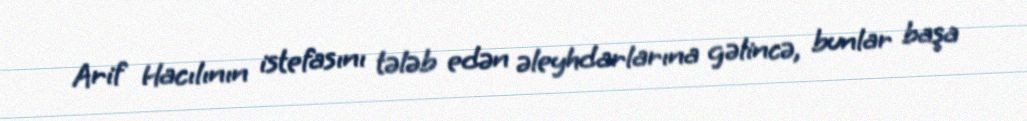
Arif Hacılının istefasını tələb edən əleyhdarlarına gəlincə, bunlar başa